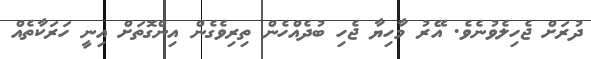
ދުރަށް ޖެހިލެވުނެވެ. އޭރު މާހިޔާ ޖެހި ބުދެއްހެން ތިރިވެގެން އިންގޮތަށް އިނީ ހަރަކާތެއް